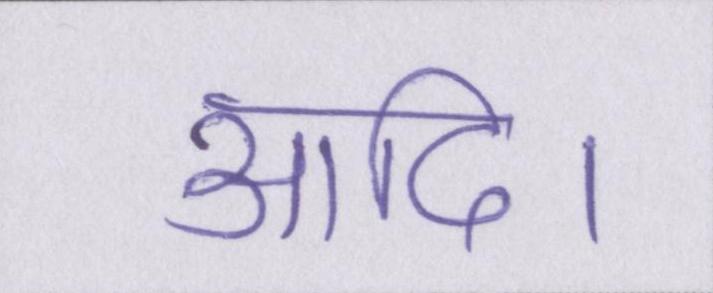
आदि।